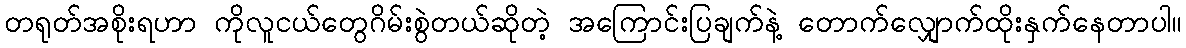
တရုတ်အစိုးရဟာ ကိုလူငယ်တွေဂိမ်းစွဲတယ်ဆိုတဲ့ အကြောင်းပြချက်နဲ့ တောက်လျှောက်ထိုးနှက်နေတာပါ။